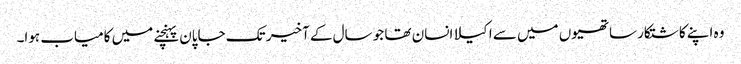
وہ اپنے کاشتکار ساتھیوں میں سے اکیلا انسان تھا جو سال کے آخیر تک جاپان پہنچنے میں کامیاب ہوا۔